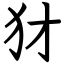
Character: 犲